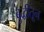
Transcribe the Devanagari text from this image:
बुद्धीतून